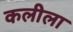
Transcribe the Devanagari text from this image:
कलीला